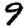
Digit: 9